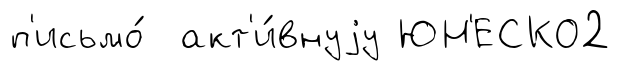
п'исьмо́ акт'и́внуjу ЮН'ЕСКО2